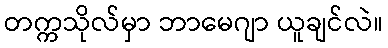
တက္ကသိုလ်မှာ ဘာမေဂျာ ယူချင်လဲ။